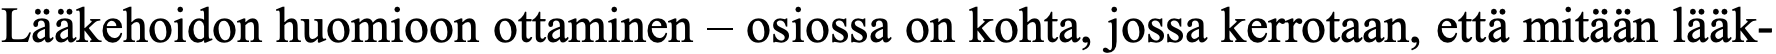
Lääkehoidon huomioon ottaminen – osiossa on kohta, jossa kerrotaan, että mitään lääk-